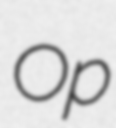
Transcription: Op